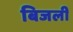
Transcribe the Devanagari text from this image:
बिजली